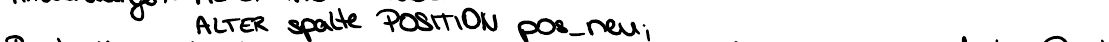
ALTER spalte POSITION pos_neu